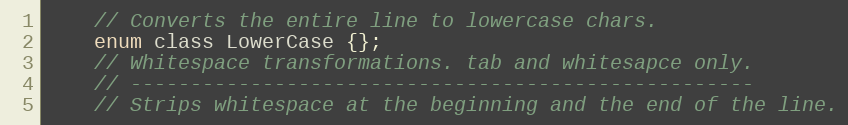
Language: C
    // Converts the entire line to lowercase chars.
    enum class LowerCase {};
    // Whitespace transformations. tab and whitesapce only.
    // ----------------------------------------------------
    // Strips whitespace at the beginning and the end of the line.